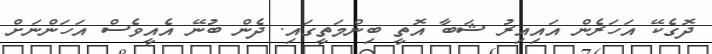
ދޮގެކޭ އަހަރެން އައިއިރު ޝަބާ އޮތީ ބިންމަތީގައި. ދެން ބުނޭ އެއީވެސް އަހަންނަށް